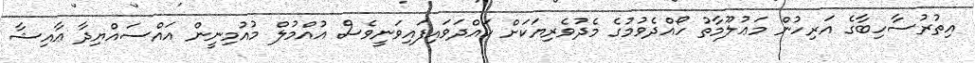
އިތުރުސާހިބާގެ އަރިހުން މަޢުލޫމާތު ހޯއްދެވުމުގެ މެދުވެރިޔަކަށް ހައްދަވައިފައިވަނީވެސް އުއްމުލް މުއުމިނީން އައްސައްޔިދާ ޢާއިޝާ